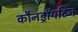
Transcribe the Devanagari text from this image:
कौनड्रॉयटिन